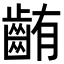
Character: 𪘃